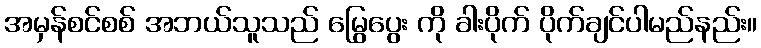
အမှန်စင်စစ် အဘယ်သူသည် မြွေပွေး ကို ခါးပိုက် ပိုက်ချင်ပါမည်နည်း။